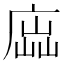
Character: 𢉵